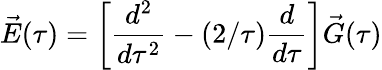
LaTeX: \vec{E}(\tau)=\left[{\frac{d^{2}}{d\tau^{2}}}-(2/\tau){\frac{d}{d\tau}}\right]\vec{G}(\tau)